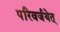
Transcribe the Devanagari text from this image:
परिवर्जयेत्